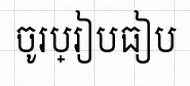
ចូរប្រៀបធៀប